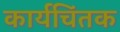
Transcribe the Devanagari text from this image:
कार्यचिंतक